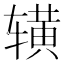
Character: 𬨒